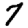
Digit: 7